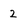
Character: 2